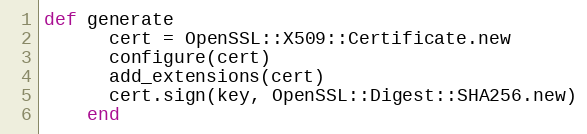
Language: Ruby
def generate
      cert = OpenSSL::X509::Certificate.new
      configure(cert)
      add_extensions(cert)
      cert.sign(key, OpenSSL::Digest::SHA256.new)
    end